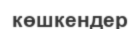
көшкендер